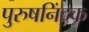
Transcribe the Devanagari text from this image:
पुरुषनिंदक